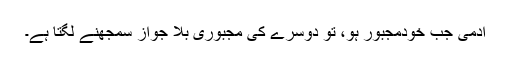
آدمی جب خودمجبور ہو، تو دوسرے کی مجبوری بلا جواز سمجھنے لگتا ہے۔